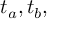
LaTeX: t _ { a } , t _ { b } ,